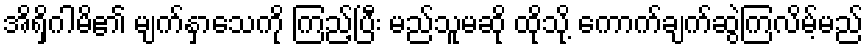
အိရှိဂါမိ၏ မျက်နှာသေကို ကြည့်ပြီး မည်သူမဆို ထိုသို့ ကောက်ချက်ဆွဲကြလိမ့်မည်